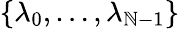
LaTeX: \{ \lambda_{0},\dots,\lambda_{\mathbb{N}-1}\}